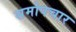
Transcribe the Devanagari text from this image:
समोपचार